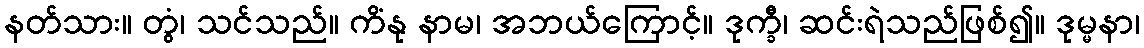
နတ်သား။ တွံ၊ သင်သည်။ ကိံနု နာမ၊ အဘယ်ကြောင့်။ ဒုက္ခီ၊ ဆင်းရဲသည်ဖြစ်၍။ ဒုမ္မနာ၊